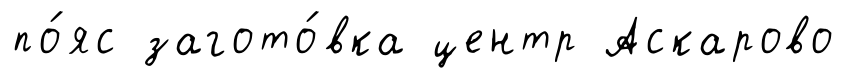
по́яс загото́вка центр Аскарово